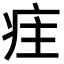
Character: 疰